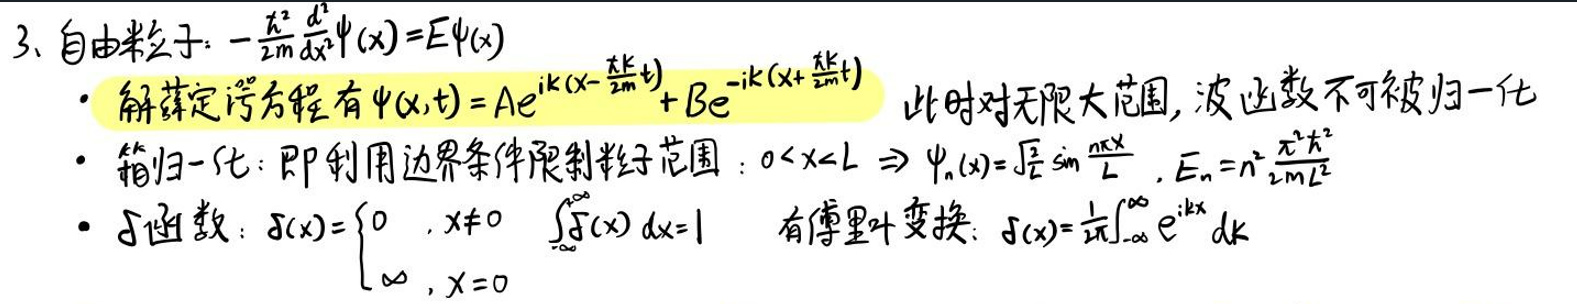
3. 自由粒子：$-\frac{\hbar^{2}}{2m}\frac{d^{2}}{dx^{2}}\psi(x)=E\psi(x)$
   - 解薛定谔方程有$\psi(x,t)=Ae^{ik(x - \frac{\hbar k}{2m}t)}+Be^{-ik(x+\frac{\hbar k}{2m}t)}$ 此时对无限大范围，波函数不可被归一化
   - 箱归一化：即利用边界条件限制粒子范围：$0<x<L\Rightarrow\psi_{n}(x)=\sqrt{\frac{2}{L}}\sin\frac{n\pi x}{L},E_{n}=n^{2}\frac{\pi^{2}\hbar^{2}}{2mL^{2}}$
   - $\delta$函数：$\delta(x)=\begin{cases}0,x\neq0\\\infty,x = 0\end{cases}\int_{-\infty}^{\infty}\delta(x)dx = 1$ 有傅里叶变换：$\delta(x)=\frac{1}{2\pi}\int_{-\infty}^{\infty}e^{ikx}dk$